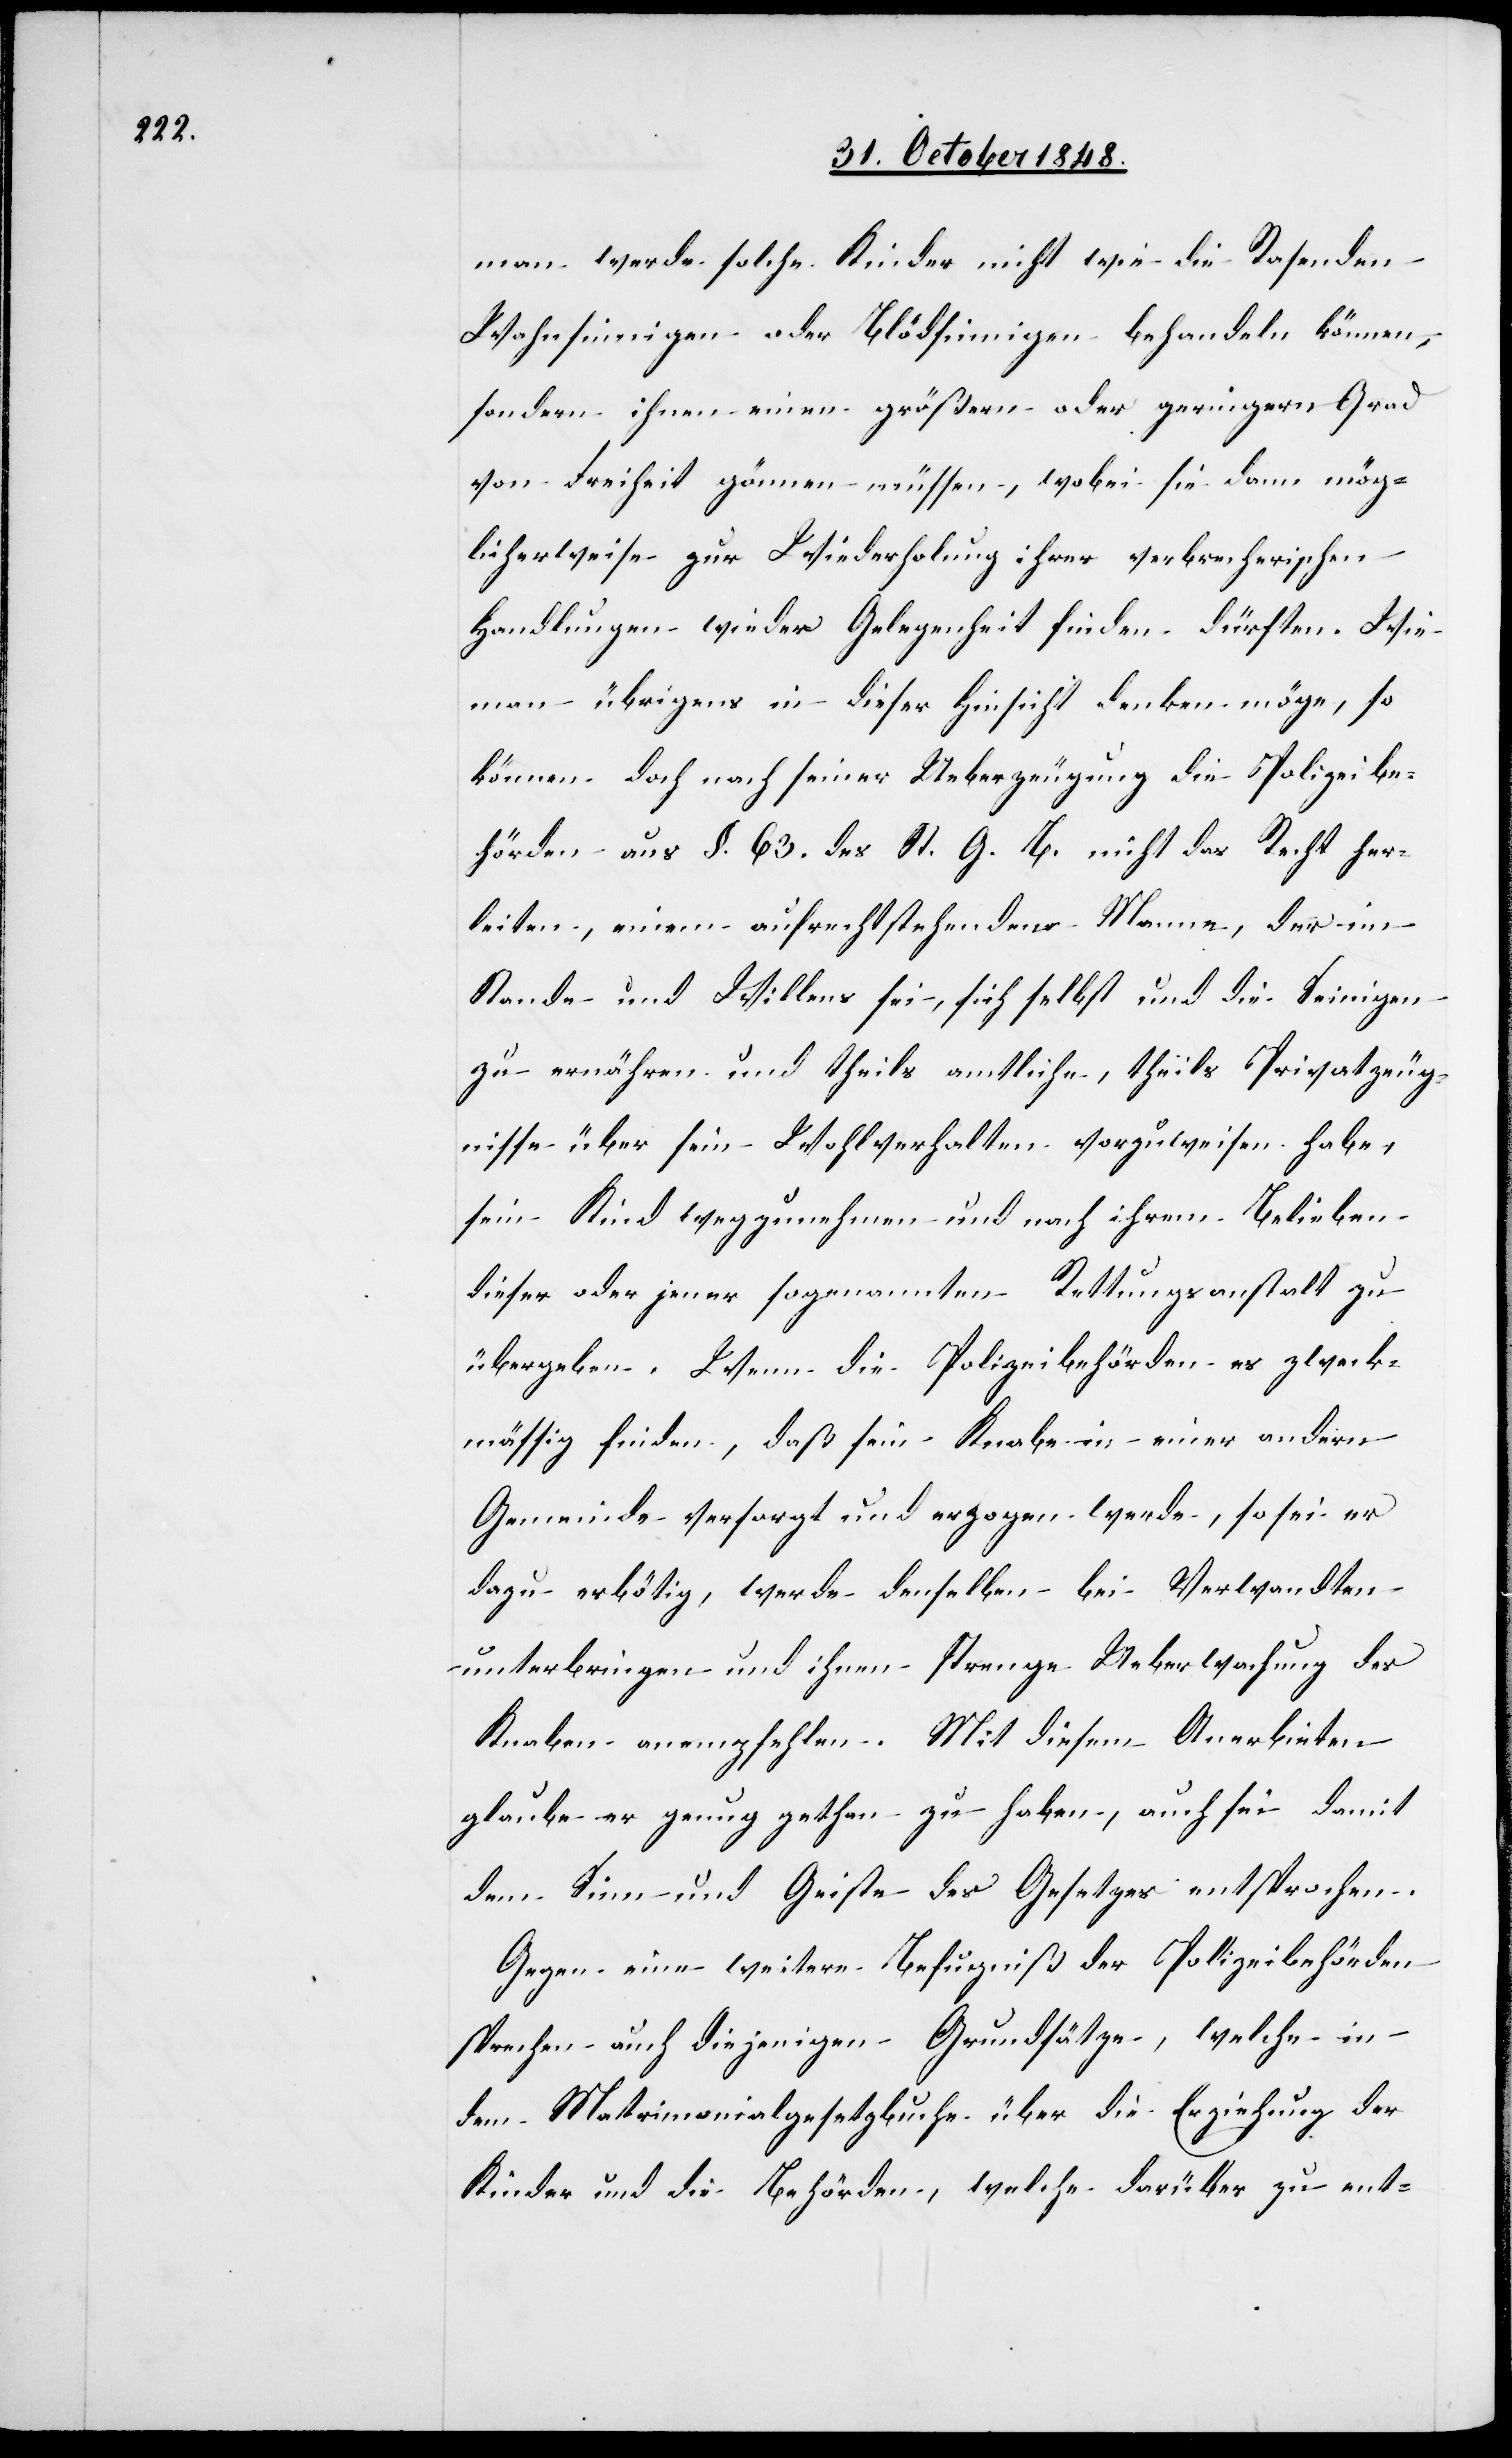
man werde solche Kinder nicht wie die Rasenden
Wahnsinnigen oder Blödsinnigen behandeln können,
sondern ihnen einen größern oder geringern Grad
von Freiheit gönnen müssen, wobei sie dann mög¬
licherweise zur Wiederholung ihrer verbrecherischen
Handlungen wieder Gelegenheit finden dürften. Wie
man übrigens in dieser Hinsicht denken möge, so
können doch nach seiner Ueberzeugung die Polizeibe¬
hörden aus §. 63. des St. G. B. nicht das Recht her¬
leiten, einem aufrechtstehenden Manne, der im
Stande und Willens sei, sich selbst und die Seinigen
zu ernähren und theils amtliche, theils Privatzeug¬
nisse über sein Wohlverhalten vorzugsweise habe,
sein Kind wegzunehmen und nach ihrem Belieben
dieser oder jener sogenannten Rettungsanstalt zu
übergeben. Wenn die Polizeibehörden es zweck¬
mäßig finden, daß sein Knabe in einer andern
Gemeinde versorgt und erzogen werde, so sei er
dazu erbötig, werde denselben bei Verwandten
unterbringen und ihnen strenge Ueberwachung des
Knaben anempfehlen. Mit diesem Anerbieten
glaube er genug gethan zu haben, auch sei damit
dem Sinn und Geiste des Gesetzes entsprochen.
Gegen eine weitere Befugniß der Polizeibehörden
sprechen auch diejenigen Grundsätze, welche in
dem Matrimonialgesetzbuche über die Erziehung der
Kinder und die Behörden, welche darüber zu ent-